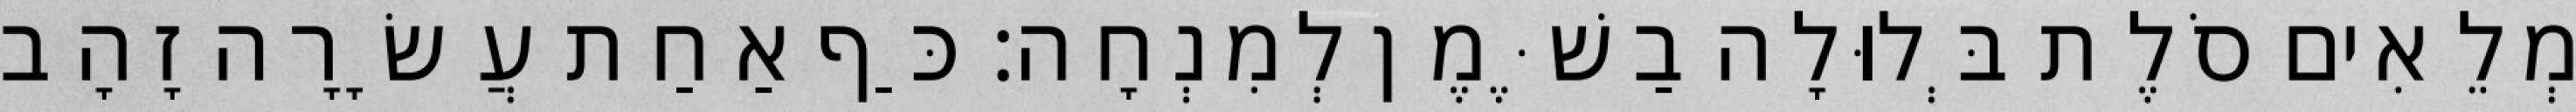
מְלֵאִים סֹלֶת בְּלוּלָה בַשֶּׁמֶן לְמִנְחָה׃ כַּף אַחַת עֲשָׂרָה זָהָב